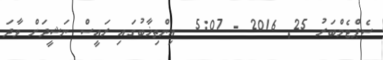
ސެޕްޓެމްބަރު 25